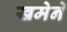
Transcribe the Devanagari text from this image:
खमेने